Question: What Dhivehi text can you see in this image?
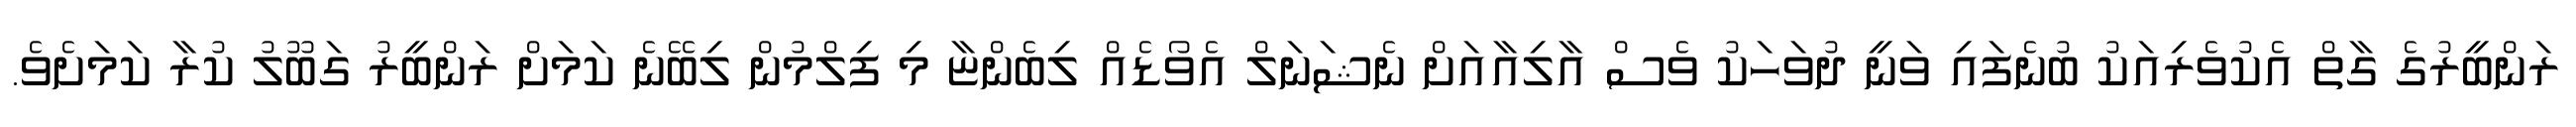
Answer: ރަންބީރުގެ ގާތް އެކުވެރިއަކު ބުނެފައި ވަނީ ދުވަހަކު ވެސް އާލިއާއަށް ނެޝަނަލް އެވޯޑެއް ލިބެންޏާ މި ފިލްމުން ލިބޭނެ ކަމަށް ރަންބީރު ގަބޫލު ކުރާ ކަމަށެވެ.